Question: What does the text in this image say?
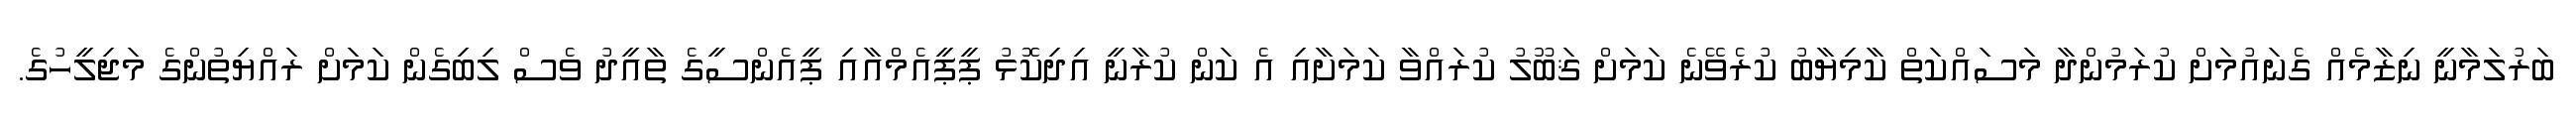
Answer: ބަރުލަމާނީ ނިޒާމެއް ގެނައުމަށް ކުރަމުންދާ މަސައްކަތް ކާމިޔާބު ކުރެވޭނެ ކަމަށް ޤަބޫލު ކުރައްވާ ކަމަށާއި އެ ކަން ކުރާނީ އިދިކޮޅު ޕީޕީއެމްއާއި ޕީއެންސީގެ ތާއީދު ވެސް ލިބިގެން ކަމަށް ރައްޔިތުންގެ މަޖިލީހުގެ.